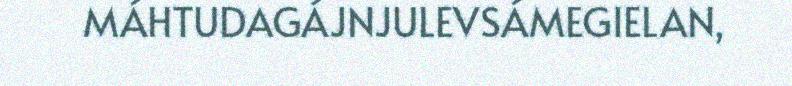
MÁHTUDAGÁJNJULEVSÁMEGIELAN,